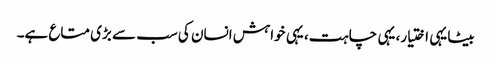
بیٹا یہی اختیار، یہی چاہت، یہی خواہش انسان کی سب سے بڑی متاع ہے۔